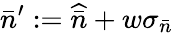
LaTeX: \bar{n}^{\prime}:=\widehat{\bar{n}}+w\sigma_{\bar{n}}